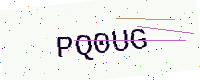
Text: PQ0UG